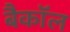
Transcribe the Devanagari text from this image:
बैकॉल